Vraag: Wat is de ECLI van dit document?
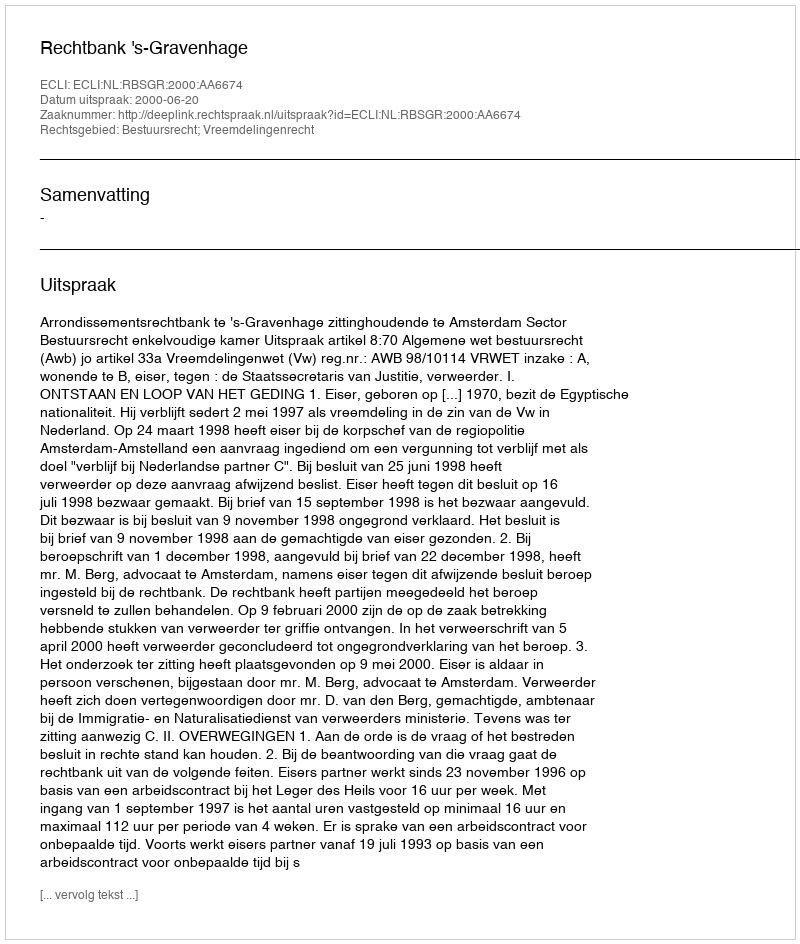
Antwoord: ECLI:NL:RBSGR:2000:AA6674